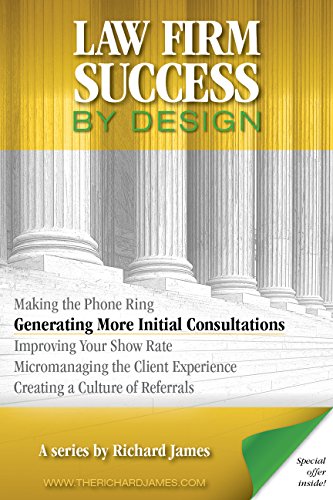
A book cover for Law Firm Success by Design: Generating More Initial Consultations; Richard James; Law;